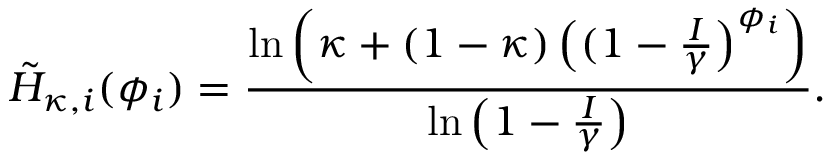
\tilde { H } _ { \kappa , i } ( \phi _ { i } ) = \frac { \ln \left( \kappa + ( 1 - \kappa ) \left( ( 1 - \frac { I } { \gamma } \right) ^ { \phi _ { i } } \right) } { \ln \left( 1 - \frac { I } { \gamma } \right) } .